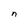
Character: n